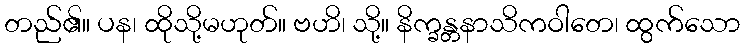
တည်၏။ ပန၊ ထိုသို့မဟုတ်။ ဗဟိ၊ သို့။ နိက္ခန္တနာသိကဝါတေ၊ ထွက်သော